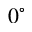
0 ^ { \circ }